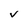
Character: v